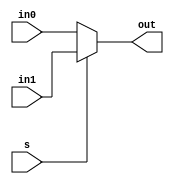
module mux2to1 (in0, in1, s, out);

input in0, in1, s;
output out;

reg out;
/*
not inv1(s_bar,s);
and and1(a1, in0, s_bar);
and and2(a2, in1, s);
or or1(out, a1, a2);
*/
always @ (in0, in1, s)
begin
    //out = s ? in0 : in1;
    if(s==0)
        out = in0;
    else
        out = in1;
end


endmodule